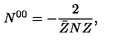
N ^ { 0 0 } = - \frac { 2 } { \bar { Z } N Z } ,